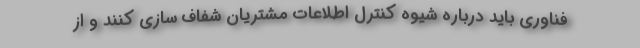
فناوری باید درباره شیوه کنترل اطلاعات مشتریان شفاف سازی کنند و از